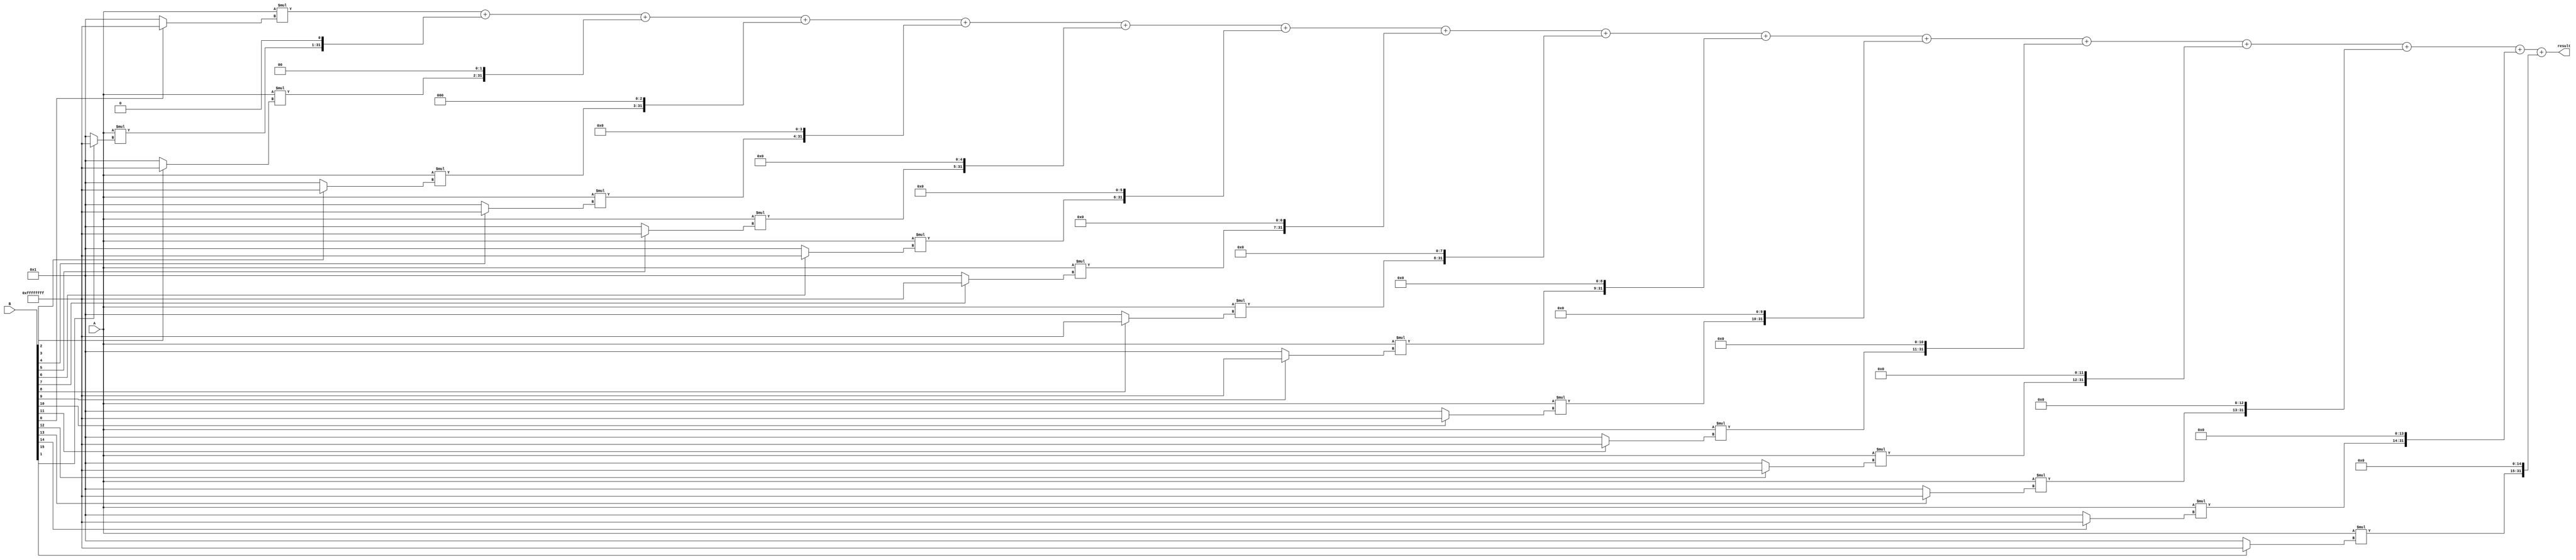
module BaughWooleyMultiplier(
    input signed [15:0] A,
    input signed [15:0] B,
    output reg signed [31:0] result
    );
    
    // Adders, shifters and partial product accumulation stage
    
    reg signed [31:0] partial_product [0:15];
    reg signed [31:0] sum;
    
    integer i;
    
    always @ (*) begin
        for (i = 0; i < 16; i = i + 1) begin
            partial_product[i] = A * (B[i] ? -1 : 1) << i;
        end
        
        sum = partial_product[0];
        for (i = 1; i < 16; i = i + 1) begin
            sum = sum + partial_product[i];
        end
        
        result = sum;
    end
    
endmodule